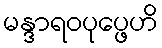
မန္ဒာရဝပုပ္ဖေဟိ